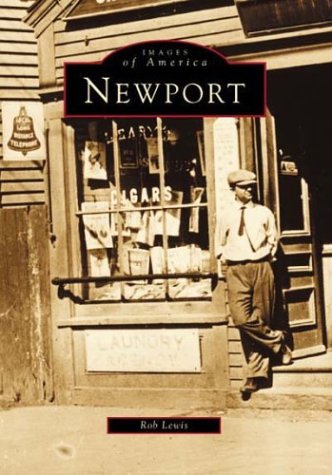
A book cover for Newport, RI (Images of America (Arcadia Publishing)); Robert Lewis; Travel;